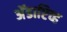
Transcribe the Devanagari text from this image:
अॅडाप्टिव्ह